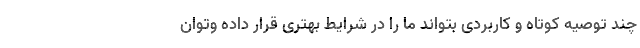
چند توصیه کوتاه و کاربردی بتواند ما را در شرایط بهتری قرار داده وتوان